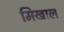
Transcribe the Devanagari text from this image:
मिखाल